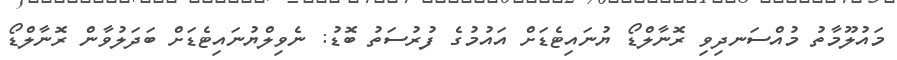
މައުލޫމާތު މުއްސަނދިވި ރޮނާލްޑޯ ޔުނައިޓެޑަށް އައުމުގެ ފުރުސަތު ބޮޑު: ނެވިލްޔުނައިޓެޑަށް ބަދަލުވާން ރޮނާލްޑޯ